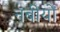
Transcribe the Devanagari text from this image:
नबीयों